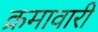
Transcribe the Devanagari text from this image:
क्रमावारी